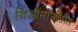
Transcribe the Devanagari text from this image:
थिऑसॉफीतील